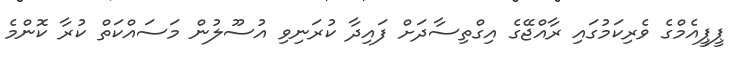
ޕީޕީއެމްގެ ވެރިކަމުގައި ރާއްޖޭގެ އިގްތިސާދަށް ފައިދާ ކުރަނިވި އުސޫލުން މަސައްކަތް ކުރާ ކޮންމެ